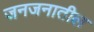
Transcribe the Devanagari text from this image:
जनजनातील